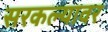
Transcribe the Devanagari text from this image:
सरकल्यावर